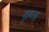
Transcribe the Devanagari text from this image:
वृहता